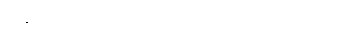
တစ် လမတိုင်ခင်က မွေးရပ်မြေကို ပြန်လာခဲ့တယ်။